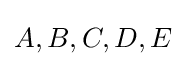
A,B,C,D,E